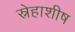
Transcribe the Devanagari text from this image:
स्नेहाशीष